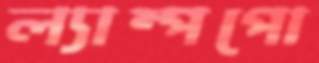
ল্যাম্পপো